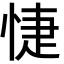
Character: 𢜀